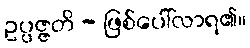
ဥပ္ပဇ္ဇတိ - ဖြစ်ပေါ်လာရ၏။